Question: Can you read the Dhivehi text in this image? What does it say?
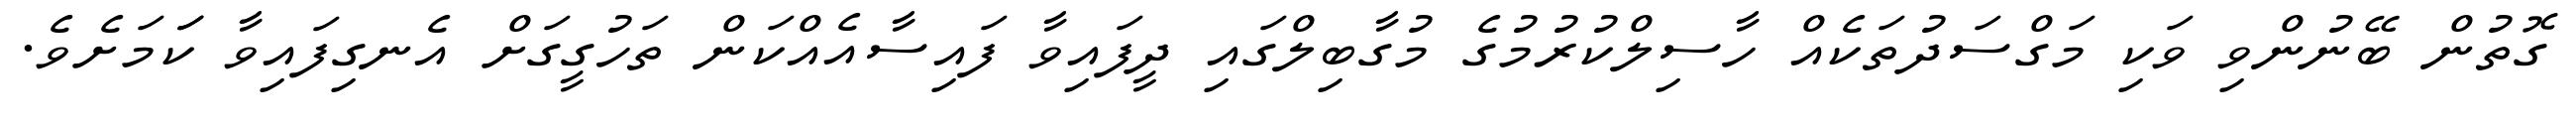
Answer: ގޮތުން ބޭނުންވި ވަކި މަގްސަދުތަކެއް ހާސިލްކުރުމުގެ މުގާބިލްގައި ދީފައިވާ ފައިސާއެއްކަން ތަހުގީގަށް އެނގިފައިވާ ކަަމަށެވެ.